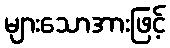
များသောအားဖြင့်